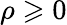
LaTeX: \rho\geqslant 0